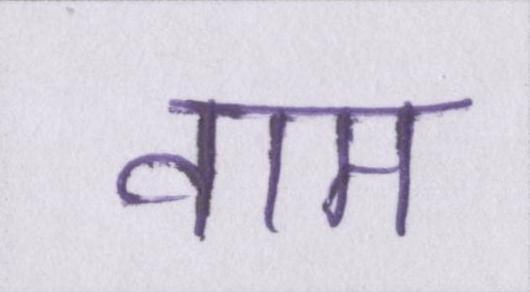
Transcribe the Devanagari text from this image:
वाम